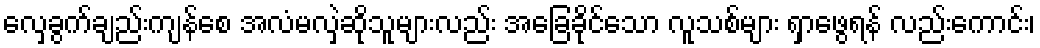
လှေခွက်ချည်းကျန်စေ အလံမလှဲဆိုသူများလည်း အခြေခိုင်သော လူသစ်များ ရှာဖွေရန် လည်းကောင်း၊